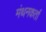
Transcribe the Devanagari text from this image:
मंथनकर्ता